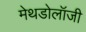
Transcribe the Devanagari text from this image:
मेथडोलॉजी